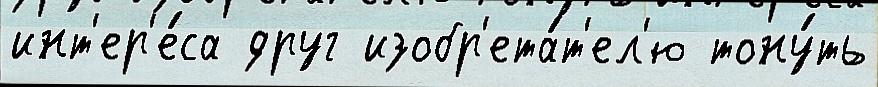
инт'ер'е́са друг изобр'ета́т'ел'ю тону́ть